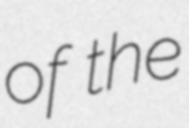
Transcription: of the